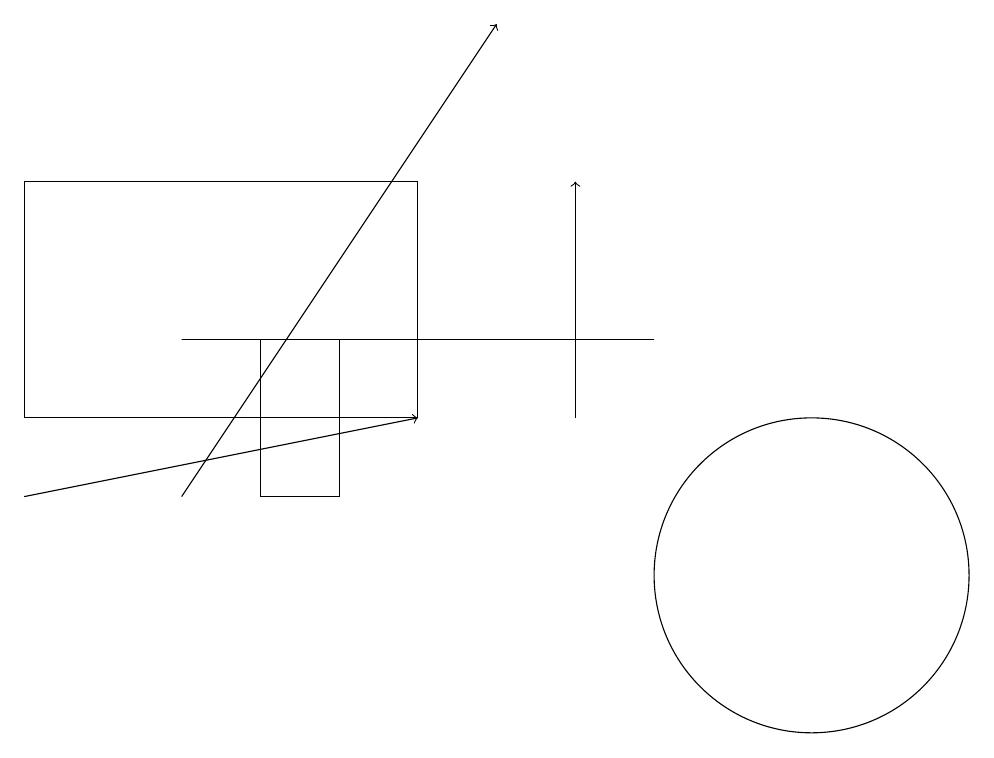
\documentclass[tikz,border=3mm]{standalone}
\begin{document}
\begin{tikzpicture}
\draw[->] (7,12) -- (7,15);
\draw (3,13) rectangle (4,11);
\draw (8,13) rectangle (2,13);
\draw (10,10) circle (2);
\draw (11,11) circle (0);
\draw[->] (0,11) -- (5,12);
\draw[->] (2,11) -- (6,17);
\draw (0,15) rectangle (5,12);
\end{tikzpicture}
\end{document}